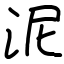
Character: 泥